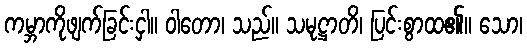
ကမ္ဘာကိုဖျက်ခြင်းငှါ။ ဝါတော၊ သည်။ သမုဋ္ဌာတိ၊ ပြင်းစွာထ၏။ သော၊